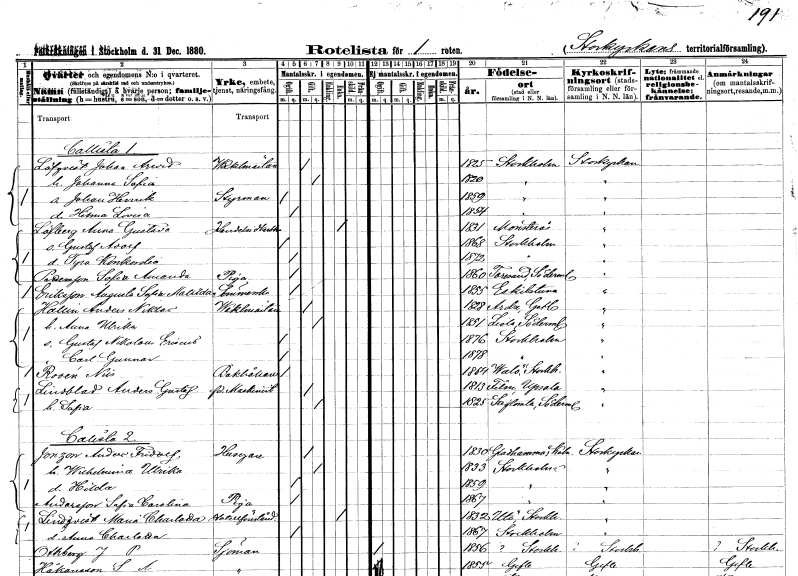
gt_parse: households: individuals: FN: Johan Arwid
EN: Löfgvist
YRKE: Vaktmästare
KON: M
CIV: G
FODAR: 1825
FODFORS: Stockholm
FN: Johanna Sofia
KON: K
CIV: G
FODAR: 1820
FODFORS: Stockholm
FN: Johan Henrik
YRKE: Styrman
KON: M
CIV: O
FODAR: 1859
FODFORS: Stockholm
FN: Hilma Lovisa
KON: K
CIV: O
FODAR: 1854
FODFORS: Stockholm
FN: Anna Gustava
EN: Löfberg
YRKE: Handelsidkerska
KON: K
CIV: E
FODAR: 1831
FODFORS: Mönsterås Kalmar län
FN: Gustaf Adolf
KON: M
CIV: O
FODAR: 1868
FODFORS: Stockholm
FN: Tyra Konkordia
KON: K
CIV: O
FODAR: 1872
FODFORS: Stockholm
FN: Sofia Amanda
EN: Pettersson
YRKE: Piga
KON: K
CIV: O
FODAR: 1860
FODFORS: Toresund Södermanlands län
FN: Augusta Sofia Matilda
EN: Eriksson
YRKE: Sömmerska
KON: K
CIV: O
FODAR: 1855
FODFORS: Eskilstuna Södermanlands län
FN: Anders Niklas
EN: Hallin
YRKE: Vaktmästare
KON: M
CIV: G
FODAR: 1828
FODFORS: Ardre Gotlands län
FN: Anna Ulrika
KON: K
CIV: G
FODAR: 1851
FODFORS: Lista Södermanlands län
FN: Gustaf Nikolaus Eriseus
KON: M
CIV: O
FODAR: 1876
FODFORS: Stockholm
FN: Carl Gunnar
KON: M
CIV: O
FODAR: 1878
FODFORS: Stockholm
FN: Nils
EN: Rosén
YRKE: Bokhållare
KON: M
CIV: O
FODAR: 1864
FODFORS: Valö Uppsala län
FN: Anders Gustaf
EN: Lindblad
YRKE: Maskinist f.d.
KON: M
CIV: G
FODAR: 1813
FODFORS: Film Uppsala län
FN: Sofia
KON: K
CIV: G
FODAR: 1825
FODFORS: Stigtomta Södermanlands län
FN: Anders Fridolf
EN: Jonzon
YRKE: Husägare
KON: M
CIV: G
FODAR: 1830
FODFORS: Gladhammar Kalmar län
FN: Wilhelmina Ulrika
KON: K
CIV: G
FODAR: 1833
FODFORS: Stockholm
FN: Hilda
KON: K
CIV: O
FODAR: 1859
FODFORS: Stockholm
FN: Sofia Carolina
EN: Andersson
YRKE: Piga
KON: K
CIV: O
FODAR: 1867
FODFORS: Stockholm